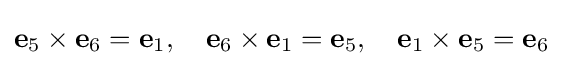
\mathbf {e} _{5}\times \mathbf {e} _{6}=\mathbf {e} _{1},\quad \mathbf {e} _{6}\times \mathbf {e} _{1}=\mathbf {e} _{5},\quad \mathbf {e} _{1}\times \mathbf {e} _{5}=\mathbf {e} _{6}